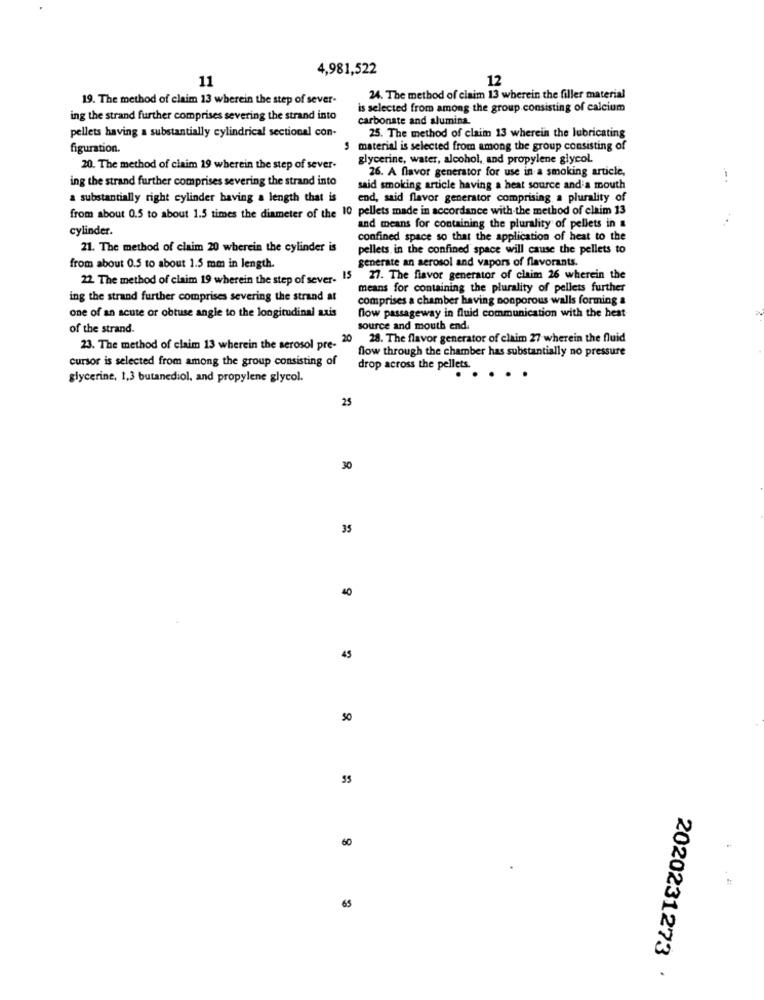
4,981,522
11
12
19. The method of claim 13 wherein the step of sever-
24. The method of claim 13 wherein the filler material
is selected from among the group consisting of calcium
ing the strand further comprises severing the strand into
carbonate and alumina.
pellets having a substantially cylindrical sectional con-
25. The method of claim 13 wherein the lubricating
figuration.
5 material is selected from among the group consisting of
glycerine, water, alcohol, and propylene glycol.
20. The method of claim 19 wherein the step of sever-
26. A flavor generator for use in a smoking article,
ing the strand further comprises severing the strand into
--.
said smoking article having a heat source and a mouth
a substantially right cylinder having a length that is
end, said flavor generator comprising a plurality of
from about 0.5 to about 1.5 times the diameter of the 10 pellets made in accordance with the method of claim 13
cylinder.
and means for containing the plurality of pellets in
confined space so that the application of heat to the
21. The method of claim 20 wherein the cylinder is
pellets in the confined space will cause the pellets to
generate an aerosol and vapors of flavorants.
from about 0.5 to about 1.5 mm in length.
22. The method of claim 19 wherein the step of sever- 15
27. The flavor generator of claim 26 wherein the
means for containing the plurality of pellets further
ing the strand further comprises severing the strand at
comprises a chamber having nonporous walls forming a
flow passageway in fluid communication with the hest
one of an acute or obtuse angle to the longitudinal axis
of the strand.
source and mouth end.
20
28. The flavor generator of claim 27 wherein the fluid
23. The method of claim 13 wherein the serosol pre-"
flow through the chamber has substantially no pressure
cursor is selected from among the group consisting of
drop across the pellets.
glycerine, 1,3 butanediol, and propylene glycol.
.. .
25
30
35
40
45
50
60
65
2020231273